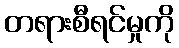
တရားစီရင်မှုကို